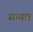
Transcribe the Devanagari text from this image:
सध्या१